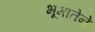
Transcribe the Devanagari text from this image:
भूमातेने